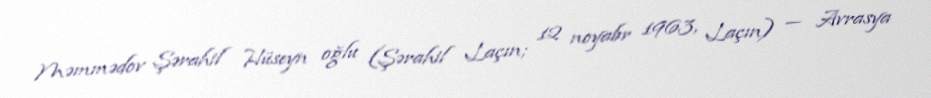
Məmmədov Şərahil Hüseyn oğlu (Şərahil Laçın; 12 noyabr 1963, Laçın) — Avrasya